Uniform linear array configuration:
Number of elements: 12
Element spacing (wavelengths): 0.5
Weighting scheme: blackman
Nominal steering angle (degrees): -30
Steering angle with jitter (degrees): -28.883
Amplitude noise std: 0.05
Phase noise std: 0.05

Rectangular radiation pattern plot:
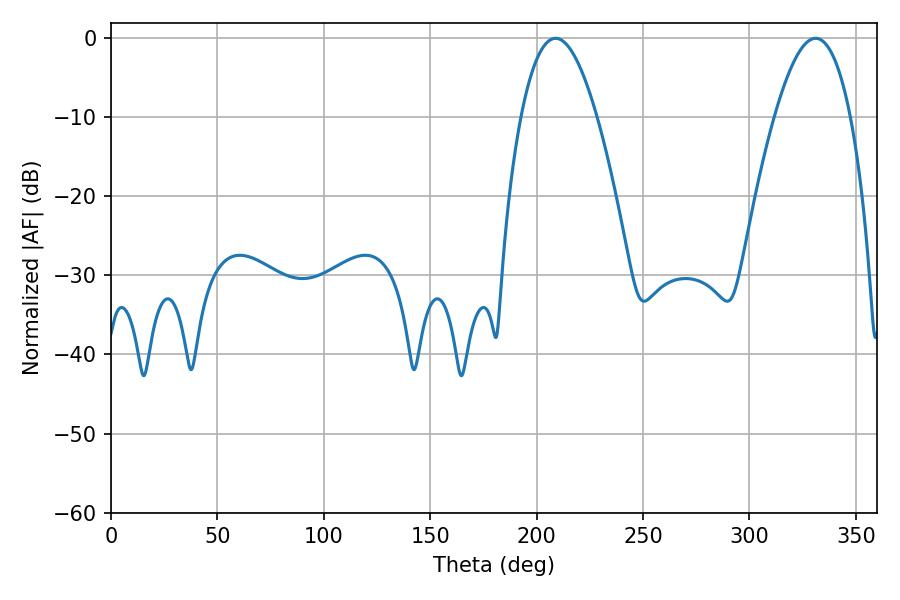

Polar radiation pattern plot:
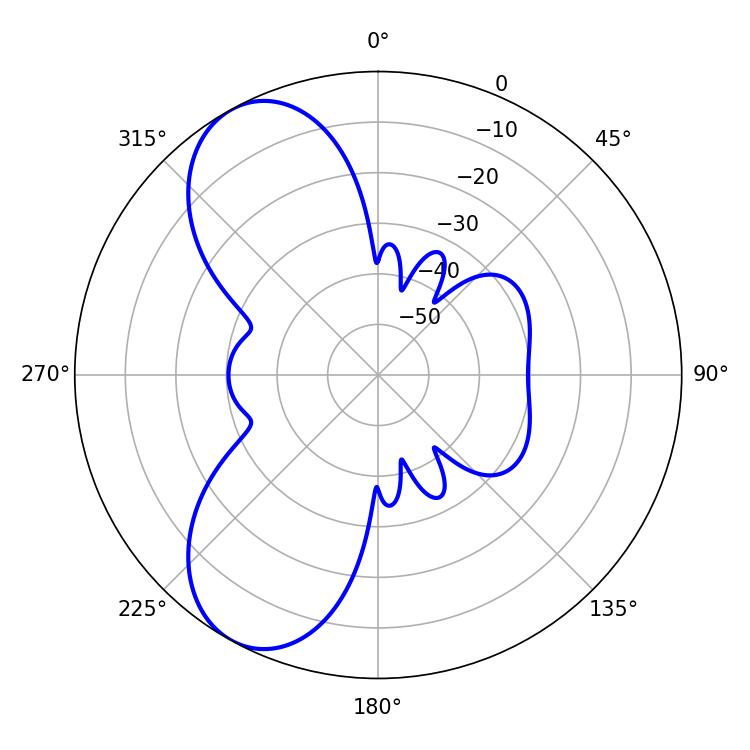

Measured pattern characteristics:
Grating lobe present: FALSE
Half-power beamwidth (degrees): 19.62
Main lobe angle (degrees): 208.98